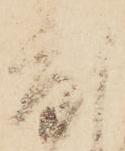
度